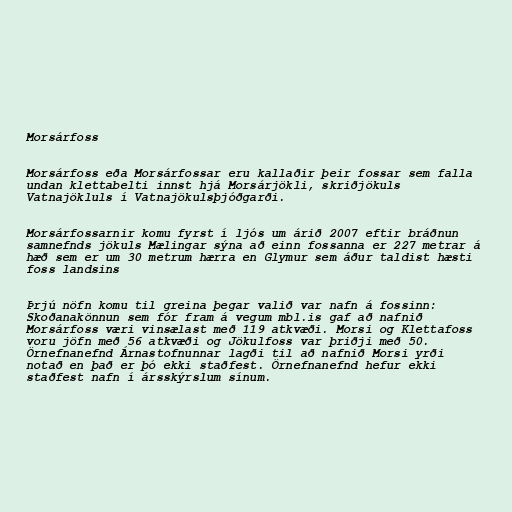
Morsárfoss

Morsárfoss eða Morsárfossar eru kallaðir þeir fossar sem falla
undan klettabelti innst hjá Morsárjökli, skriðjökuls
Vatnajökluls í Vatnajökulsþjóðgarði.

Morsárfossarnir komu fyrst í ljós um árið 2007 eftir bráðnun
samnefnds jökuls Mælingar sýna að einn fossanna er 227 metrar á
hæð sem er um 30 metrum hærra en Glymur sem áður taldist hæsti
foss landsins

Þrjú nöfn komu til greina þegar valið var nafn á fossinn:
Skoðanakönnun sem fór fram á vegum mbl.is gaf að nafnið
Morsárfoss væri vinsælast með 119 atkvæði. Morsi og Klettafoss
voru jöfn með 56 atkvæði og Jökulfoss var þriðji með 50.
Örnefnanefnd Árnastofnunnar lagði til að nafnið Morsi yrði
notað en það er þó ekki staðfest. Örnefnanefnd hefur ekki
staðfest nafn í ársskýrslum sínum.